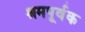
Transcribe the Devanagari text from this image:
श्रमपूर्वक